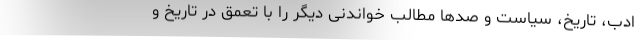
ادب، تاریخ، سیاست و صدها مطالب خواندنی دیگر را با تعمق در تاریخ و